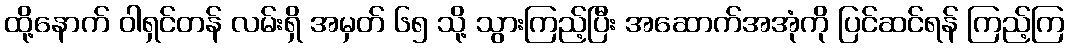
ထို့နောက် ဝါရှင်တန် လမ်းရှိ အမှတ် ၆၅ သို့ သွားကြည့်ပြီး အဆောက်အအုံကို ပြင်ဆင်ရန် ကြည့်ကြ